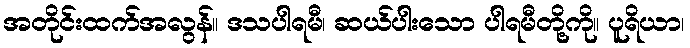
အတိုင်းထက်အလွန်။ ဒသပါရမီ၊ ဆယ်ပါးသော ပါရမီတို့ကို။ ပူရိယာ၊